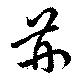
荊